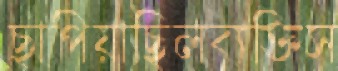
ছাপিয়াছিলব্যক্তিস